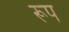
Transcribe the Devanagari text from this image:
रूप